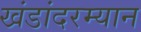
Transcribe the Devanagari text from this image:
खंडांदरम्यान